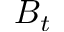
B _ { t }